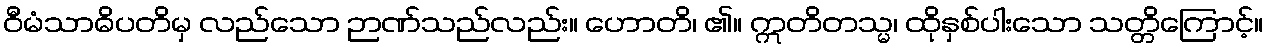
ဝီမံသာဓိပတိမှ လည်သော ဉာဏ်သည်လည်း။ ဟောတိ၊ ၏။ ဣတိတသ္မ၊ ထိုနှစ်ပါးသော သတ္တိကြောင့်။